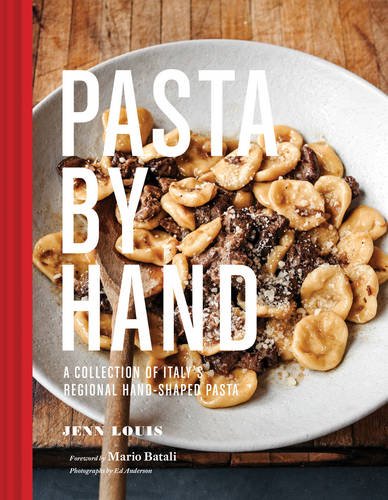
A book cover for Pasta by Hand: A Collection of Italy's Regional Hand-Shaped Pasta; Jenn Louis; Cookbooks, Food & Wine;